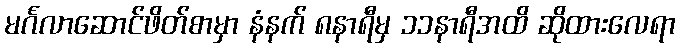
မင်္ဂလာဆောင်ဖိတ်စာမှာ နံနက် ၈နာရီမှ ၁၁နာရီအထိ ဆိုထားလေရာ